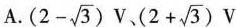
A.$$ ( 2 - \sqrt { 3 } ) V$$、$$( 2 + \sqrt { 3 } ) V$$